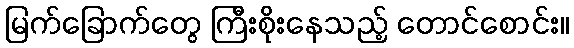
မြက်ခြောက်တွေ ကြီးစိုးနေသည့် တောင်စောင်း။